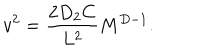
LaTeX: v ^ { 2 } = { \frac { 2 D _ { 2 } C } { L ^ { 2 } } } M ^ { D - 1 } .